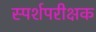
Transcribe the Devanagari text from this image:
स्पर्शपरीक्षक